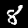
Digit: 8